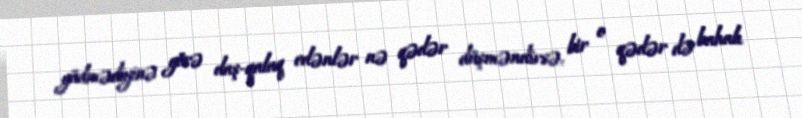
güdmədiyinə görə daş-qalaq edənlər nə qədər düşməndirsə, bir o qədər də bahalı